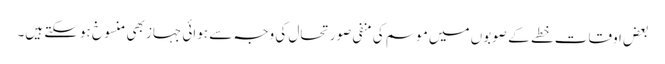
بعض اوقات خطے کے صوبوں میں موسم کی منفی صورتحال کی وجہ سے ہوائی جہاز بھی منسوخ ہوسکتے ہیں۔